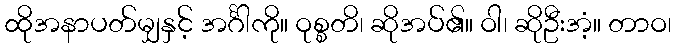
ထိုအနာပတ်မျှနှင့် အင်္ဂါကို။ ဝုစ္စတိ၊ ဆိုအပ်၏။ ဝါ၊ ဆိုဦးအံ့။ တာဝ၊